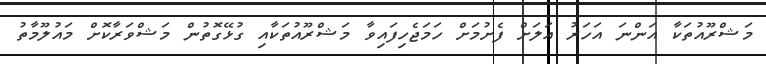
މަޝްރޫއުތަކާ އަންނަ އަހަރު އަލަށް ފެށުމަށް ހަމަޖެހިފައިވާ މަޝްރޫއުތަކާއި ގުޅޭގޮތުން މަޝްވަރާކޮށް މައުލޫމާތު